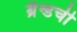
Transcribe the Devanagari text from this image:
ब्रॅन्डची